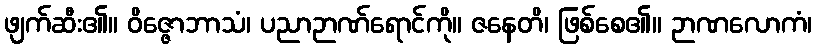
ဖျက်ဆီး၏။ ဝိဇ္ဇောဘာသံ၊ ပညာဉာဏ်ရောင်ကို။ ဇနေတိ၊ ဖြစ်စေ၏။ ဉာဏလောကံ၊